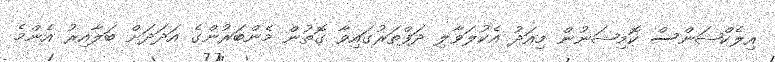
އިލެކްޝަންސް ކޮމިޝަނުން މިއަދު އެކުލަވާލި ދަފްތަރުގައިވާ ގޮތުން މެންބަރުންގެ އަދަދަށް ބަލާއިރު އެންމެ